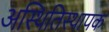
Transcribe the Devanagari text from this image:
अस्थितिस्थापक